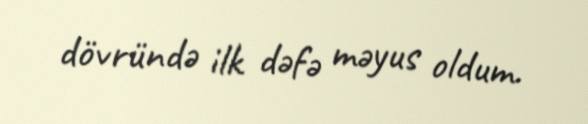
dövründə ilk dəfə məyus oldum.